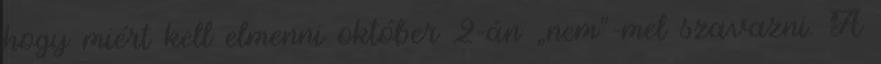
hogy miért kell elmenni október 2-án „nem”-mel szavazni. A